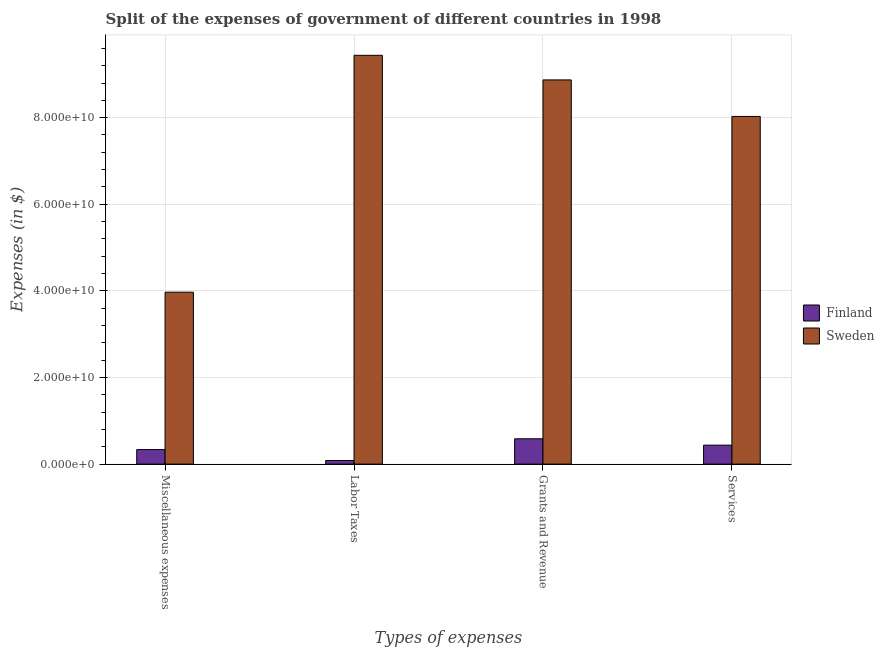
| Types of expenses | Finland | Sweden |
 | --- | --- | --- |
 | Miscellaneous expenses | 3.36e+09 | 3.97e+10 |
 | Labor Taxes | 8.31e+08 | 9.44e+10 |
 | Grants and Revenue | 5.85e+09 | 8.87e+10 |
 | Services | 4.38e+09 | 8.03e+10 |